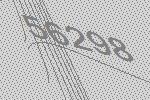
56298